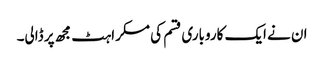
ان نے ایک کاروباری قسم کی مسکراہٹ مجھ پر ڈالی۔